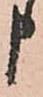
申